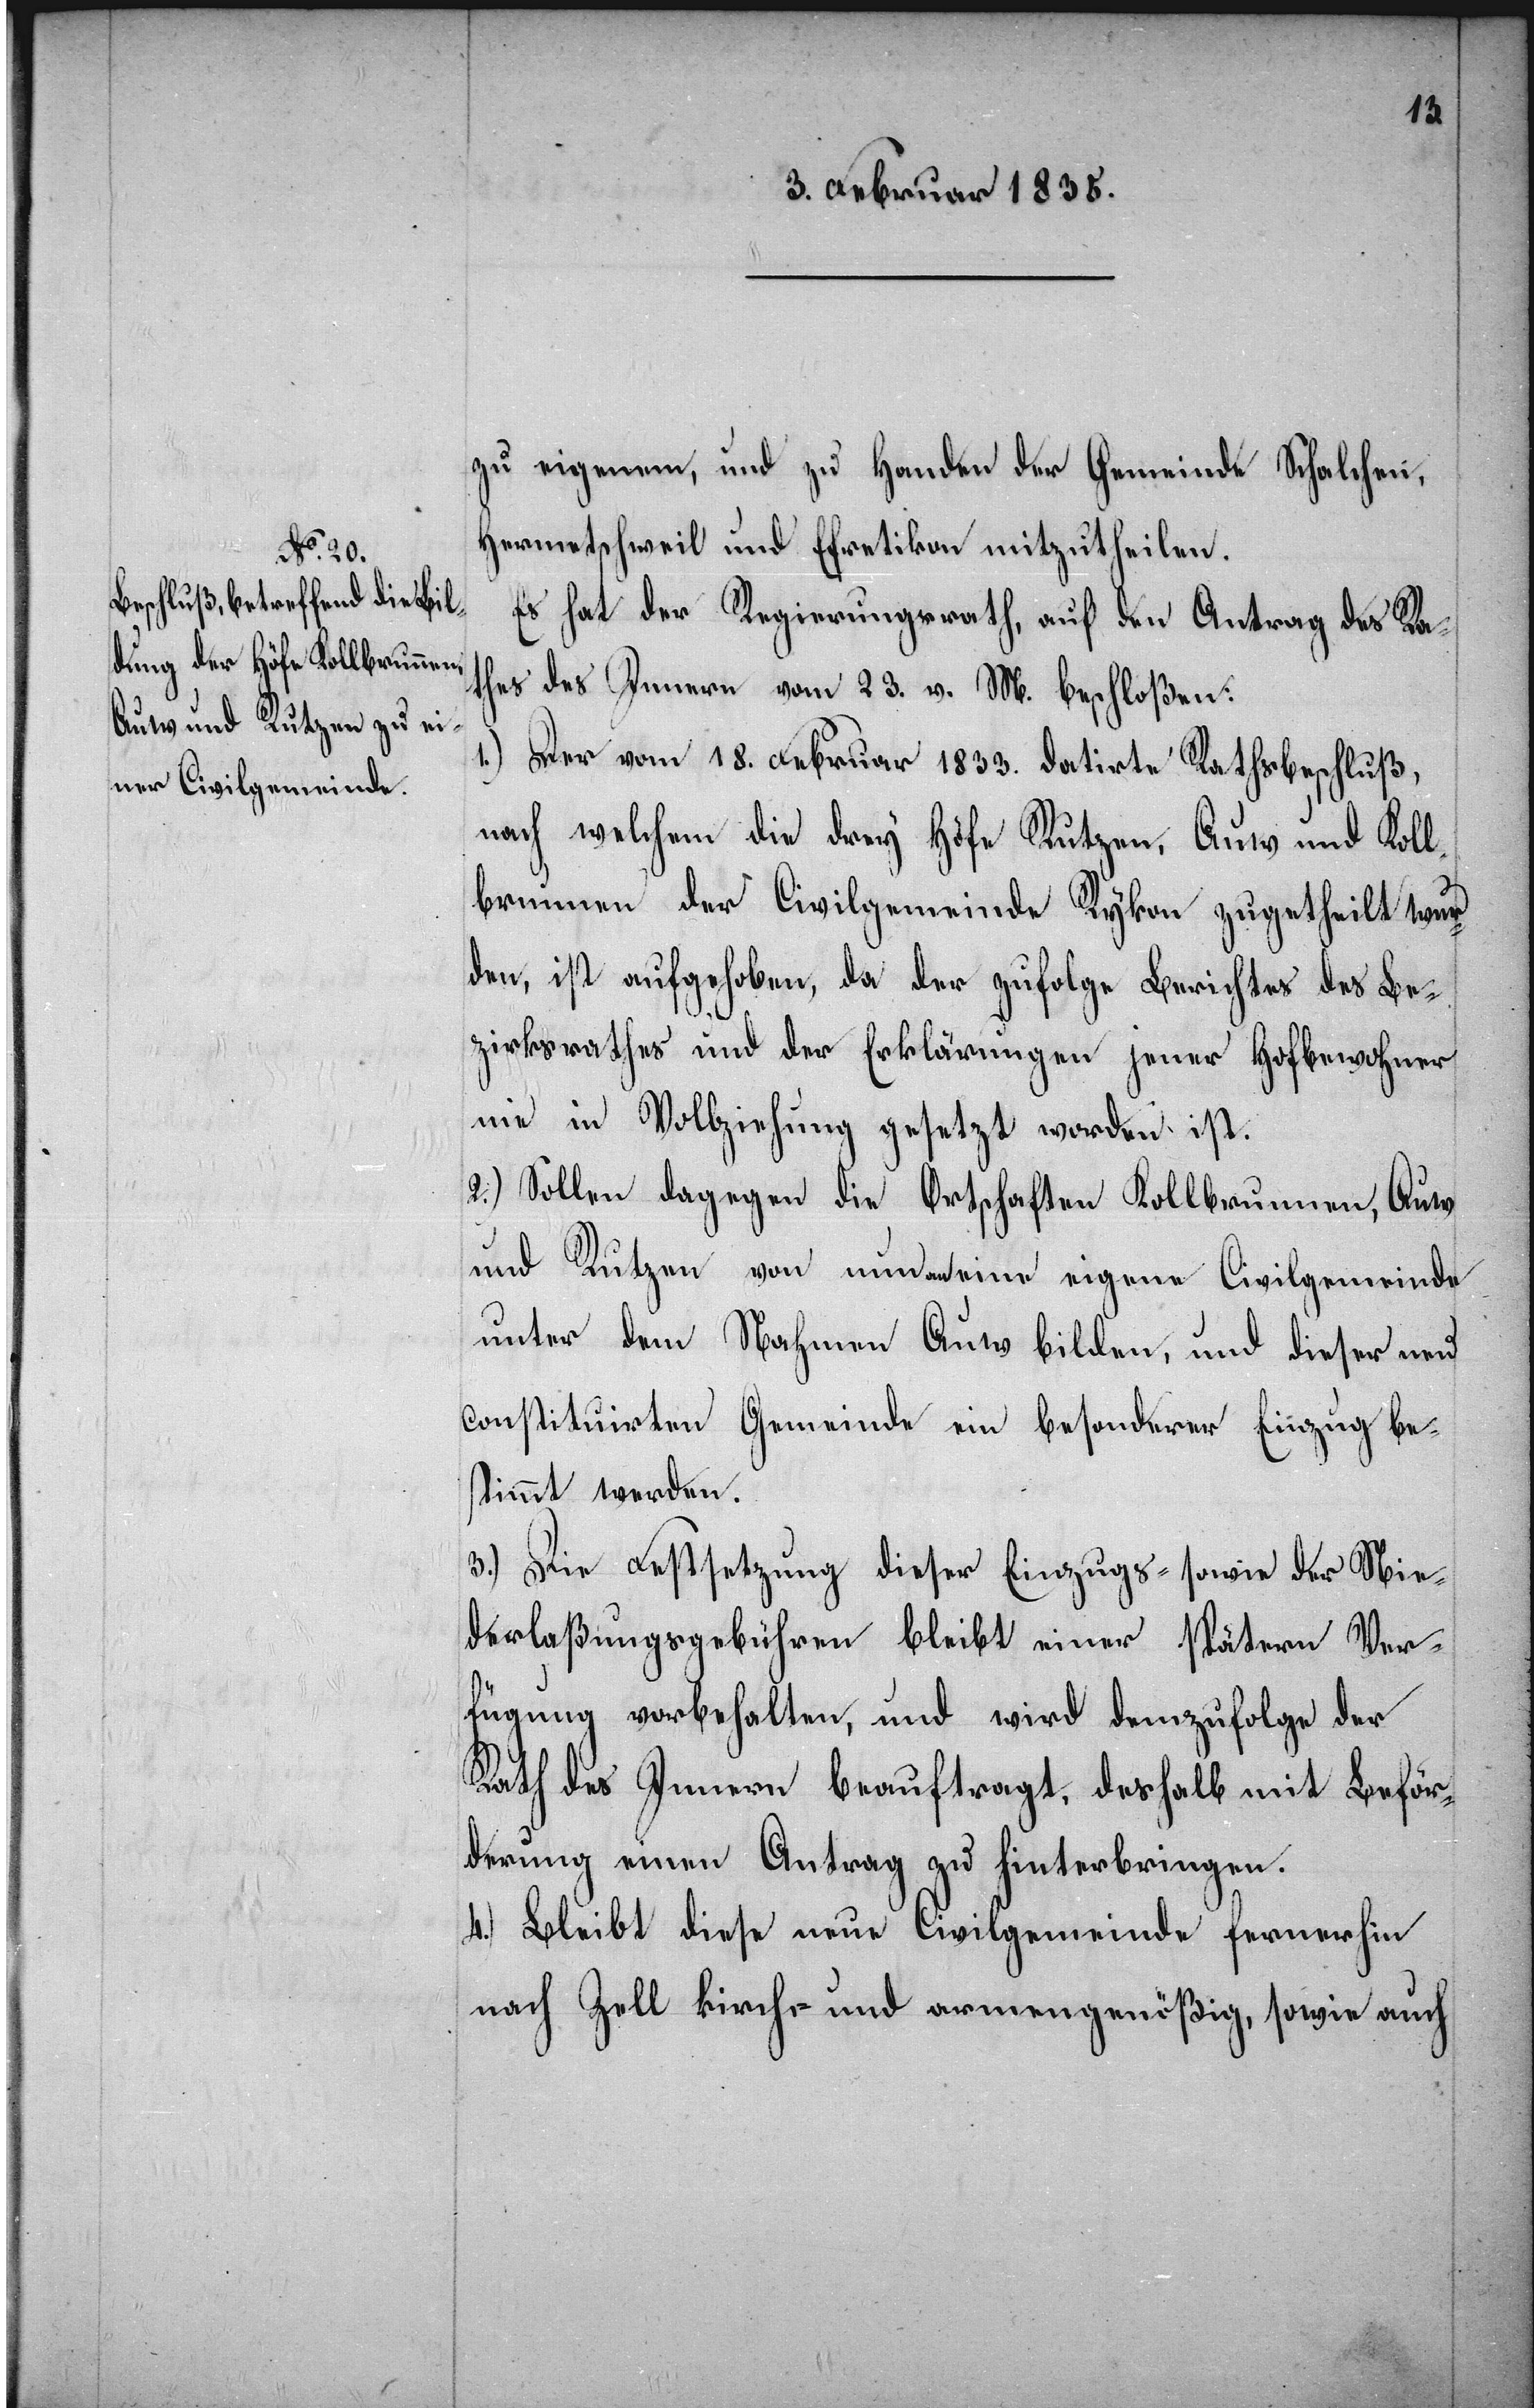
zu eigenem, und zu Handen der Gemeinde Schalchen,
Hermetschweil und Efretikon mitzutheilen.
Es hat der Regierungsrath, auf den Antrag des Ra¬
thes des Innern vom 23. v. M. beschloßen:
1.) Der vom 18. Februar 1833. datirte Rathsbeschluß,
nach welchem die drey Höfe Rutzen, Auw und Koll¬
brunn der Civilgemeinde Rykon zugetheilt wur¬
den, ist aufgehoben, da der zufolge Berichtes des Be¬
zirksrathes und der Erklärungen jener Hofbewohner
nie in Vollziehung gesetzt worden ist.
2.) Sollen dagegen die Ortschaften Kollbrunnen, Auw
und Rutzen von nun an eine eigene Civilgemeinde
unter dem Nahmen Auw bilden, und dieser neu
constituirten Gemeinde ein besonderer Einzug be¬
stimmt werden.
3.) Die Festsetzung dieser Einzugs- sowie der Nie¬
derlaßungsgebühren bleibt einer spätern Ver¬
fügung vorbehalten, und wird demzufolge der
Rath des Innern beauftragt, deshalb mit Beför¬
derung einen Antrag zu hinterbringen.
4.) Bleibt diese neue Civilgemeinde fernerhin
nach Zell kirch- und armengenößig, sowie auch